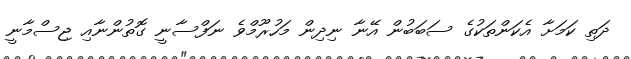
ދަތި ކަމަށާ އެކަންތަކުގެ ސަބަބުން އޭނާ ނިދިން މަހުރޫމްވެ ނަފްސާނީ ގޮތުންނާއި ޖިސްމާނީ